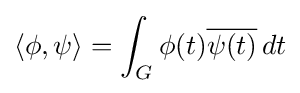
\langle \phi ,\psi \rangle =\int _{G}\phi (t){\overline {\psi (t)}}\,dt